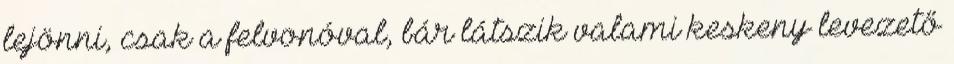
lejönni, csak a felvonóval, bár látszik valami keskeny levezető